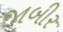
જાબીર